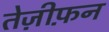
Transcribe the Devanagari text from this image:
तेज़ीफ़न